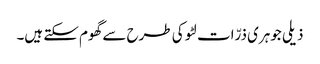
ذیلی جوہری ذرّات لٹو کی طرح سے گھوم سکتے ہیں۔